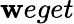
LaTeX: \mathbf{w}eget